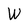
Character: W